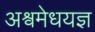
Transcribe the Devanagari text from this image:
अश्वमेधयज्ञ